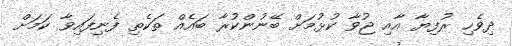
ދިވެހި ރުފިޔާ އާއި ޖުވާ ކުޅުމަށް ބޭނުންކުރާ ބައެއް ތަކެތި ފެނިފައިވާ ކަމަށް